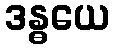
ဒန္ဓယေ